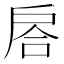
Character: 𢩅